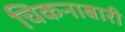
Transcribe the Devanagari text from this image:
चिकनाबारी